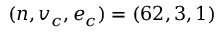
( n , v _ { c } , e _ { c } ) = ( 6 2 , 3 , 1 )